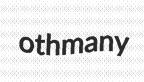
othmany